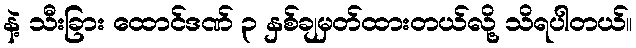
နဲ့ သီးခြား ထောင်ဒဏ် ၃ နှစ်ချမှတ်ထားတယ်လို့ သိရပါတယ်။